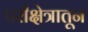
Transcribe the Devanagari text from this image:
परीक्षेत्रातून